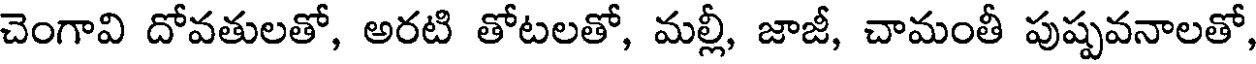
చెంగావి దోవతులతో, అరటి తోటలతో, మల్లీ, జాజీ, చామంతీ పుష్పవనాలతో,